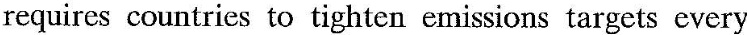
requires countries to tighten emissions targets every